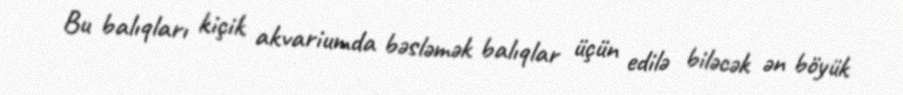
Bu balıqları kiçik akvariumda bəsləmək balıqlar üçün edilə biləcək ən böyük